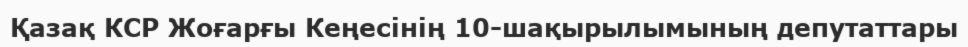
Қазақ КСР Жоғарғы Кеңесінің 10-шақырылымының депутаттары